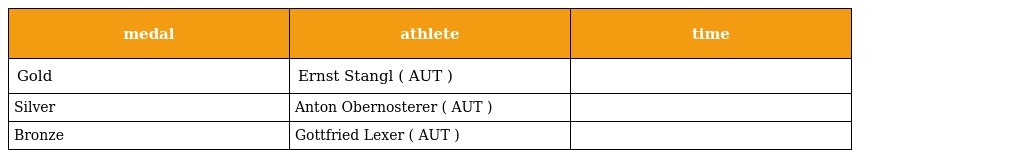
| medal | athlete | time |
 | --- | --- | --- |
 | Gold | Ernst Stangl ( AUT ) |  |
 | Silver | Anton Obernosterer ( AUT ) |  |
 | Bronze | Gottfried Lexer ( AUT ) |  |